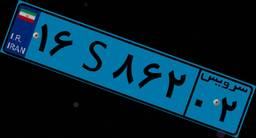
۳۲S۳۹۷۱۱